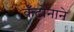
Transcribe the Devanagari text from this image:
कँटोनाने